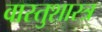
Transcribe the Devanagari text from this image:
वास्‍तुशास्‍त्र